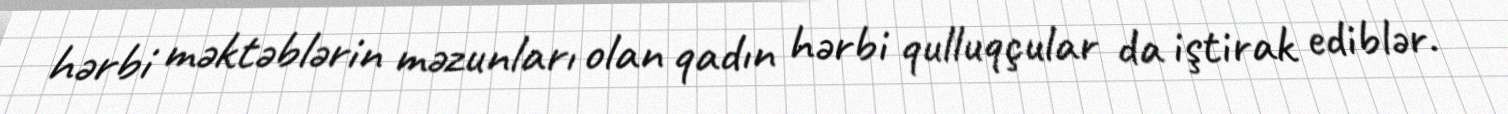
hərbi məktəblərin məzunları olan qadın hərbi qulluqçular da iştirak ediblər.